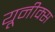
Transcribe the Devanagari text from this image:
यूनीक्स